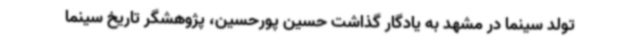
تولد سینما در مشهد به یادگار گذاشت حسین پورحسین، پژوهشگر تاریخ سینما